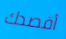
أقصدك